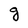
Character: g